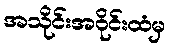
အသိုင်းအဝိုင်းထံမှ